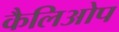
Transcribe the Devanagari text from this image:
कैलिओप